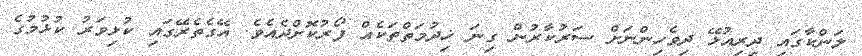
ލަންކާގައި ދިރިއުޅޭ ދިވެހިންނަށް ސަރުކާރުން ގިނަ ޚިދުމަތްތަކެއް ފޯރުކޮށްދެއެވެ. އޭގެތެރޭގައި ކުޅިވަރު ކުޅުމުގެ